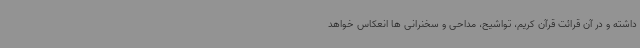
داشته و در آن قرائت قرآن کریم، تواشیح، مداحی و سخنرانی ها انعکاس خواهد